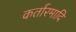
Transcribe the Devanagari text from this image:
कर्तारमादि